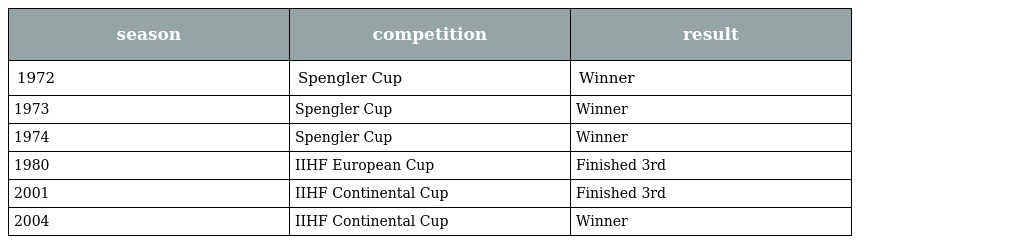
| season | competition | result |
 | --- | --- | --- |
 | 1972 | Spengler Cup | Winner |
 | 1973 | Spengler Cup | Winner |
 | 1974 | Spengler Cup | Winner |
 | 1980 | IIHF European Cup | Finished 3rd |
 | 2001 | IIHF Continental Cup | Finished 3rd |
 | 2004 | IIHF Continental Cup | Winner |